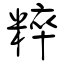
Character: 粹